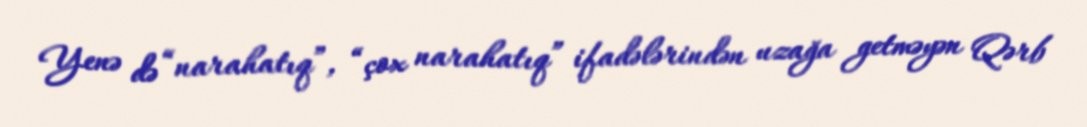
Yenə də “narahatıq”, “çox narahatıq” ifadələrindən uzağa getməyən Qərb